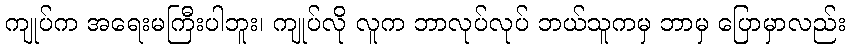
ကျုပ်က အရေးမကြီးပါဘူး၊ ကျုပ်လို လူက ဘာလုပ်လုပ် ဘယ်သူကမှ ဘာမှ ပြောမှာလည်း